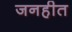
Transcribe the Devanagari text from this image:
जनहीत